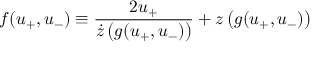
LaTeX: f ( u _ { + } , u _ { - } ) \equiv \frac { 2 u _ { + } } { \dot { z } \left( g ( u _ { + } , u _ { - } ) \right) } + z \left( g ( u _ { + } , u _ { - } ) \right)